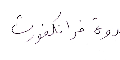
ندوة فرانكفورت